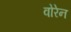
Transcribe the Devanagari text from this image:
वोरेन